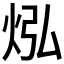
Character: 𪸡